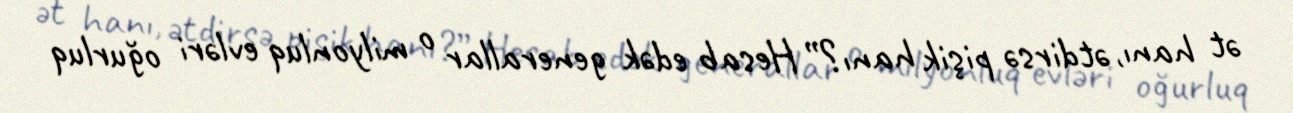
ət hanı, ətdirsə pişik hanı?” Hesab edək generallar o milyonluq evləri oğurluq